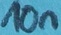
Text: 10n